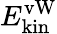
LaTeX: E_{\mathrm{kin}}^{\mathrm{vW}}